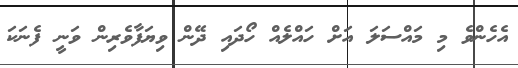
އެހެންވެ މި މައްސަލަ އަށް ހައްލެއް ހޯދައި ދޭން ވިޔަފާވެރިން ވަނީ ފެނަކަ